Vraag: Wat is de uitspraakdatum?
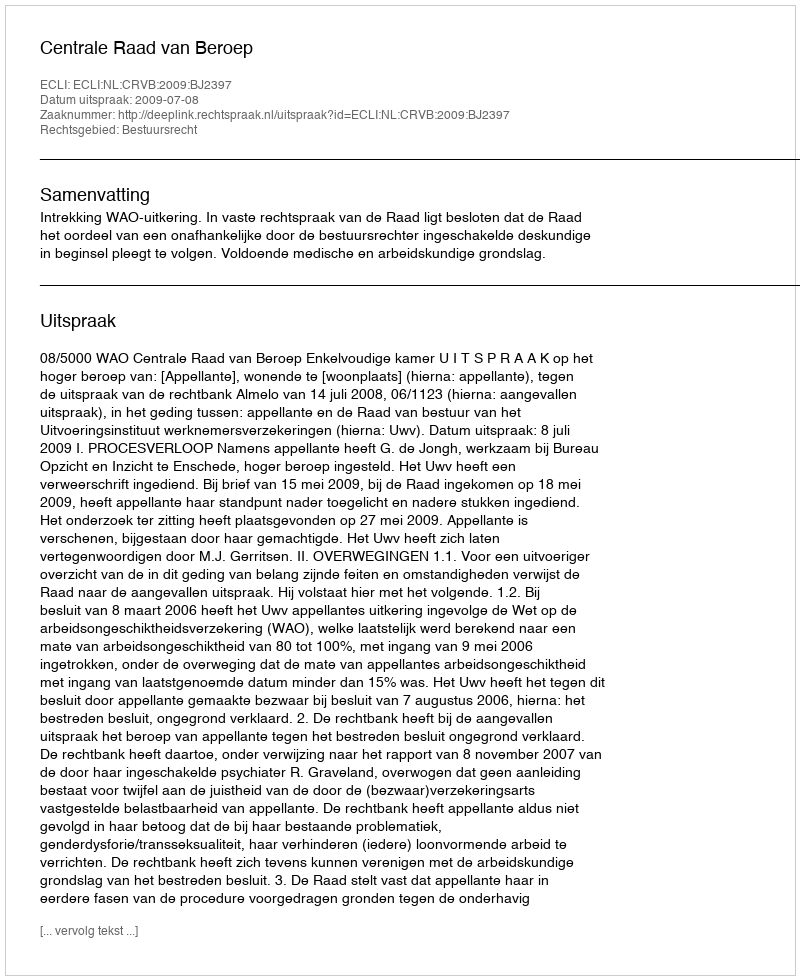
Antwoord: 2009-07-08